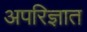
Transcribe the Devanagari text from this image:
अपरिज्ञात